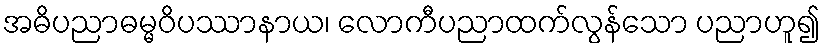
အဓိပညာဓမ္မဝိပဿာနာယ၊ လောကီပညာထက်လွန်သော ပညာဟူ၍